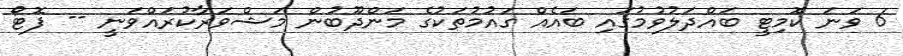
6 ވަނަ ކޮމިޓީ ބައްދަލުވުމުގައި ބައެއް ގައުމުތަކުގެ މަންދޫބުން މަޝްވަރާކުރައްވަނީ -- ފޮޓޯ